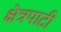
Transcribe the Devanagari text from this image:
क्षेत्रपाटी